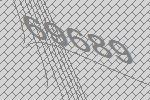
69689